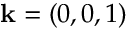
\mathbf { k } = ( 0 , 0 , 1 )